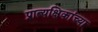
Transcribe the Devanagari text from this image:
प्रात्यक्षिकांच्या